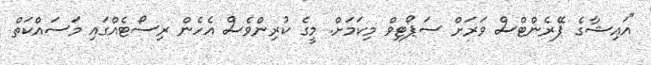
"އައިޝާގެ ޕޭރެންޓްސް ވަރަށް ސަޕޯޓިވް މިކަމަށް. މީގެ ކުރިންވެސް އެހެން ރިސޯޓެއްގައި މަސައްކަތް